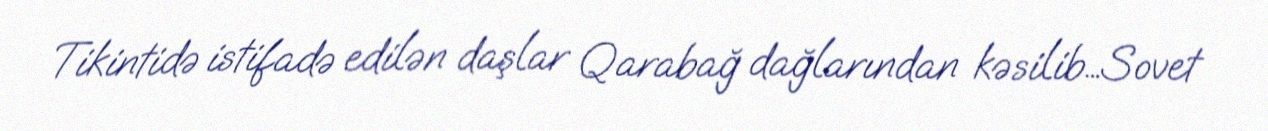
Tikintidə istifadə edilən daşlar Qarabağ dağlarından kəsilib…Sovet